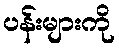
ပန်းများကို